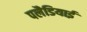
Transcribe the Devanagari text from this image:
पलैडियाई